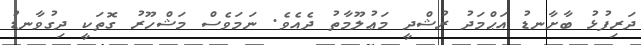
ދަރިފުޅު ބާށާނޑު އަޙްމަދު ރުޝްދީ މަޢުލޫމާތު ދެއެވެ. ނަމަވެސް މަޝްހޫރު ގޮތަކީ ދިގުވާނޑު